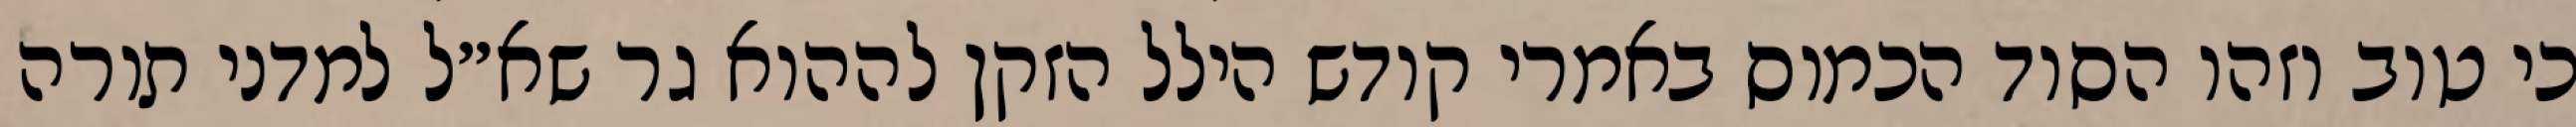
כי טוב וזהו הסוד הכמוס באמרי קודש הילל הזקן לההוא גר שא״ל למדני תורה